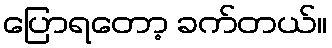
ပြောရတော့ ခက်တယ်။